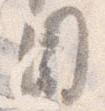
目